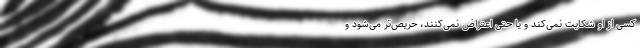
کسی از او شکایت نمی‌کند و یا حتی اعتراض نمی‌کنند، حریص‌تر می‌شود و